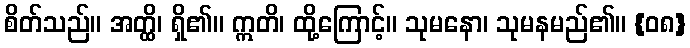
စိတ်သည်။ အတ္ထိ၊ ရှိ၏။ ဣတိ၊ ထို့ကြောင့်။ သုမနော၊ သုမနမည်၏။ {၀၈}